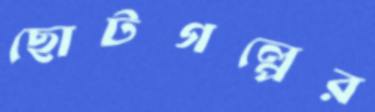
ছোটগল্পের